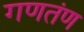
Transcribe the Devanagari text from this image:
गणतंण